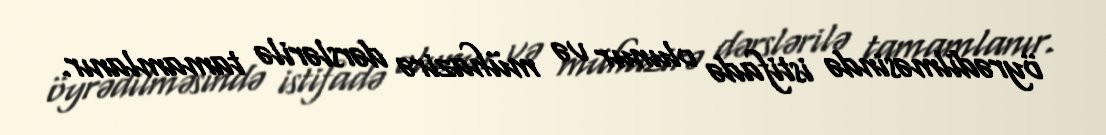
öyrədilməsində istifadə olunur və mühazirə dərslərilə tamamlanır.